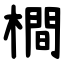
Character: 橺